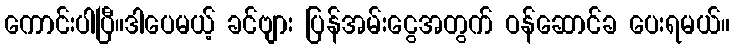
ကောင်းပါပြီ။ဒါပေမယ့် ခင်ဗျား ပြန်အမ်းငွေအတွက် ဝန်ဆောင်ခ ပေးရမယ်။